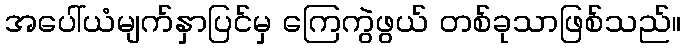
အပေါ်ယံမျက်နှာပြင်မှ ကြေကွဲဖွယ် တစ်ခုသာဖြစ်သည်။